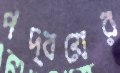
পদ্বয়ের